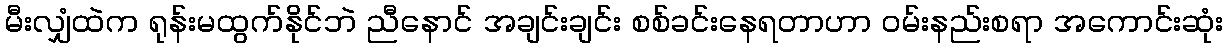
မီးလျှံထဲက ရုန်းမထွက်နိုင်ဘဲ ညီနောင် အချင်းချင်း စစ်ခင်းနေရတာဟာ ဝမ်းနည်းစရာ အကောင်းဆုံး